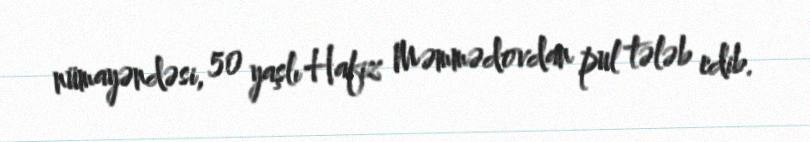
nümayəndəsi, 50 yaşlı Hafiz Məmmədovdan pul tələb edib.